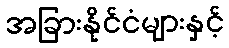
အခြားနိုင်ငံများနှင့်